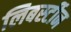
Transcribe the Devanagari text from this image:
लिबर्स्टीन